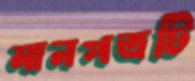
মানপত্রটি